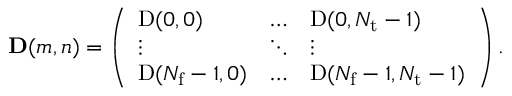
\mathbf { D } ( m , n ) = \left( \begin{array} { l l l } { \mathrm { D } ( 0 , 0 ) } & { \ldots } & { \mathrm { D } ( 0 , N _ { \mathrm { t } } - 1 ) } \\ { \vdots } & { \ddots } & { \vdots } \\ { \mathrm { D } ( N _ { \mathrm { f } } - 1 , 0 ) } & { \ldots } & { \mathrm { D } ( N _ { \mathrm { f } } - 1 , N _ { \mathrm { t } } - 1 ) } \end{array} \right) .